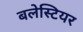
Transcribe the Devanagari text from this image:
बलेस्टियर